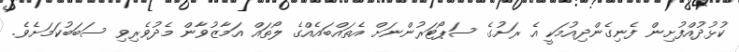
ކުޅުދުއްފުށިން ފެނިގެންދިއުމަކީ އެ ރަށުގެ ސަޕޯޓަރުންނަށް އެތައްބައެއްގެ ލޯތައް އަމާޒުވާން މެދުވެރިވި ސަބަބުކަމަށެވެ.